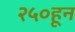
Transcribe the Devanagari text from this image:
२५०हून